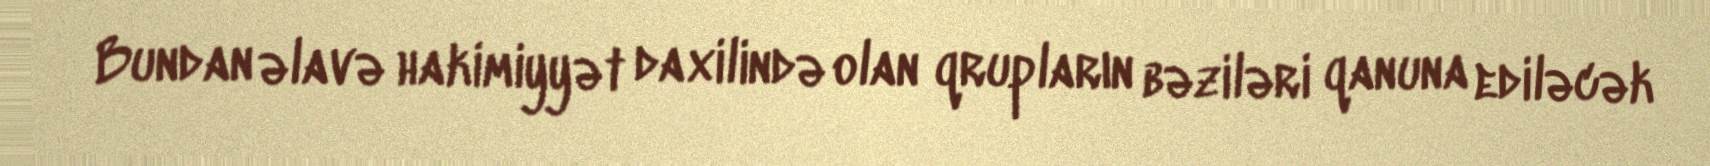
Bundan əlavə hakimiyyət daxilində olan qrupların bəziləri qanuna ediləcək